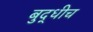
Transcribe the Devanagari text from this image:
बुद्धीच